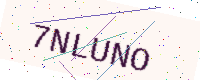
Text: 7NLUNO